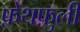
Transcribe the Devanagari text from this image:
फ़ेथफ़ुली